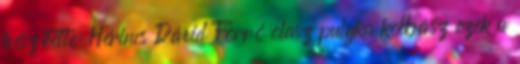
készítette: Hérincs Dávid Forró olasz pulyka kolbász ezek a